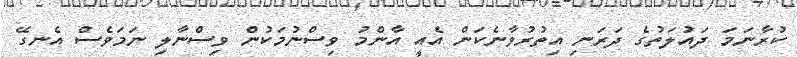
ކުރާނަމަ ދައުލަތުގެ ދަރަނި އިތުރުވާނެކަން އެއީ އާންމު ވިސްނުމަކުން ވިސްނާލި ނަމަވެސް އެނގޭ